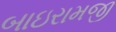
બાઇરામજી